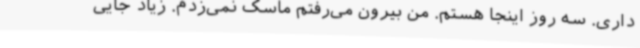
داری. سه روز اینجا هستم. من بیرون می‌رفتم ماسک نمی‌زدم. زیاد جایی